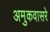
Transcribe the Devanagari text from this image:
अमुकवासरे